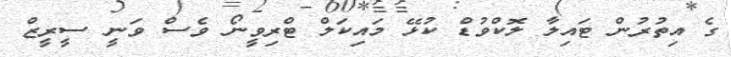
ގެ އިތުރުން ޓައިލާ ލޮކްވުޑް ކުޅޭ މައިކަލް ޓްރިވީނޯ ވެސް ވަނީ ސީރީޒް